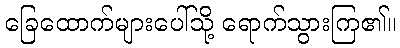
ခြေထောက်များပေါ်သို့ ရောက်သွားကြ၏။